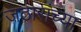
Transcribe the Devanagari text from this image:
जठारांच्या